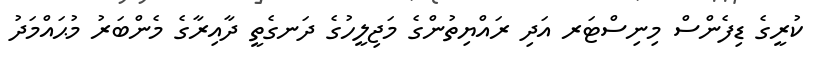
ކުރީގެ ޑިފެންސް މިނިސްޓަރ އަދި ރައްޔިތުންގެ މަޖިލީހުގެ ދަނގެތީ ދާއިރާގެ މެންބަރު މުޙައްމަދު